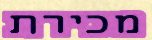
מכירת